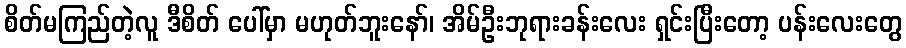
စိတ်မကြည်တဲ့လူ ဒီစိတ် ပေါ်မှာ မဟုတ်ဘူးနော်၊ အိမ်ဦးဘုရားခန်းလေး ရှင်းပြီးတော့ ပန်းလေးတွေ